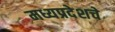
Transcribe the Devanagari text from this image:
मध्यप्रदेशचे